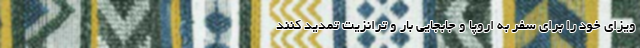
ویزای خود را برای سفر به اروپا و جابجایی بار و ترانزیت تمدید کنند